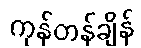
ကုန်တန်ချိန်